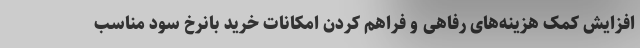
افزایش کمک هزینه‌های رفاهی و فراهم کردن امکانات خرید بانرخ سود مناسب